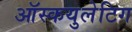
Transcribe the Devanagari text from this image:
ऑस्कयुलेटिग